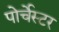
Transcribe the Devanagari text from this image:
पोर्चेस्टर